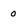
Character: 0